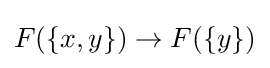
F(\{x,y\})\to F(\{y\})